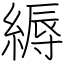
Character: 縟